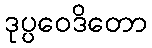
ဒုပ္ပဝေဒိတော